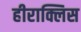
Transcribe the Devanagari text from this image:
हीराक्लिस